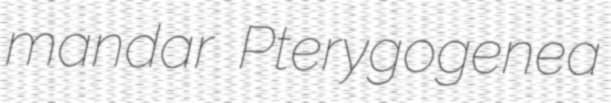
mandar Pterygogenea